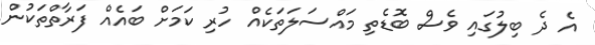
އެ ދެ ބިލުގައި ވެސް ބޮޑެތި މައްސަލަތަކެއް ހުރި ކަމަށް ބައެއް ފަރާތްތަކުން